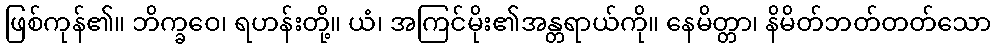
ဖြစ်ကုန်၏။ ဘိက္ခဝေ၊ ရဟန်းတို့။ ယံ၊ အကြင်မိုး၏အန္တရာယ်ကို။ နေမိတ္တာ၊ နိမိတ်ဘတ်တတ်သော